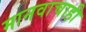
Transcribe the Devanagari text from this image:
मानवाचाही